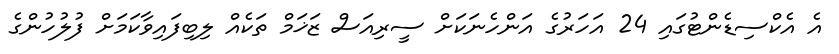
އެ އެކްސިޑެންޓުގައި 24 އަހަރުގެ އަންހެނަކަށް ސީރިއަސް ޒަޚަމް ތަކެއް ލިބިފައިވާކަމަށް ފުލުހުންގެ